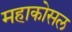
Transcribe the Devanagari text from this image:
महाकोसल